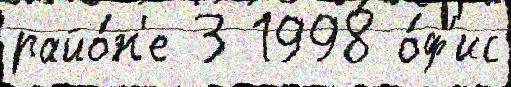
райо́н'е 3 1998 о́ф'ис